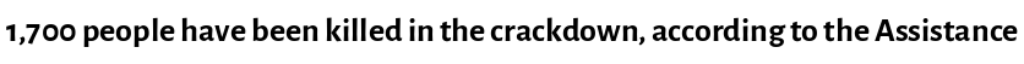
1,700 people have been killed in the crackdown, according to the Assistance